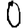
Digit: 0